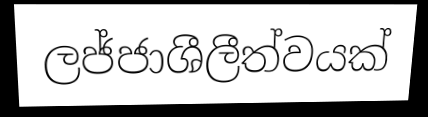
ලජ්ජාශීලීත්වයක්